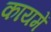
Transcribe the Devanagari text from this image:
कायमें